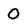
Character: O